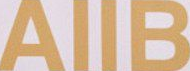
AIIB